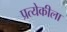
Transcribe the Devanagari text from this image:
प्रत्येकीला